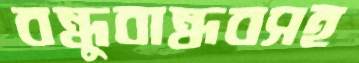
বন্ধুবান্ধবসহ